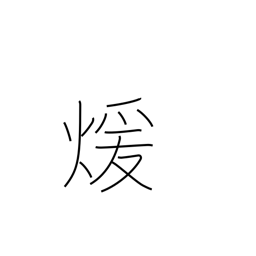
Meaning: warm